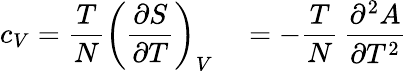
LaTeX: c_{V}={\frac{T}{N}}\left({\frac{\partial S}{\partial T}}\right)_{V}\quad=-{\frac{T}{N}}\, {\frac{\partial^{2}A}{\partial T^{2}}}